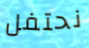
نحتفل